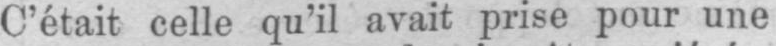
C’était celle qu’il avait prise pour une